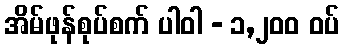
အိမ်ဖုန်စုပ်စက် ပါဝါ - ၁,၂၀၀ ဝပ်